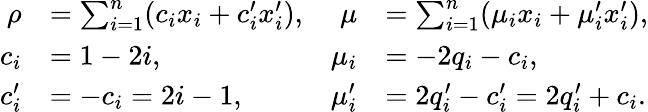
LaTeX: \begin{array}{rlrl}{\rho}&{=\sum_{i=1}^{n}(c_{i}x_{i}+c_{i}^{\prime}x_{i}^{\prime}),}&{\mu}&{=\sum_{i=1}^{n}(\mu_{i}x_{i}+\mu_{i}^{\prime}x_{i}^{\prime}),}\\ {c_{i}}&{=1-2i,}&{\mu_{i}}&{=-2q_{i}-c_{i},}\\ {c_{i}^{\prime}}&{=-c_{i}=2i-1,}&{\mu_{i}^{\prime}}&{=2q_{i}^{\prime}-c_{i}^{\prime}=2q_{i}^{\prime}+c_{i}.}\end{array}